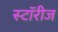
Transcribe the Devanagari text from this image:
स्टॉरीज